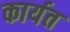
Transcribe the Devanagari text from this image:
कार्यत